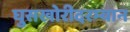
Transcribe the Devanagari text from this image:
घुसखोरीदरम्यान